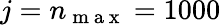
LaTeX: j=n_{\mathrm{~m~a~x~}}=1000